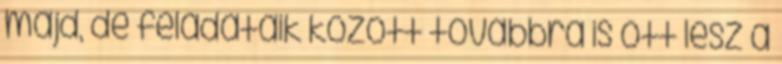
majd, de feladataik között továbbra is ott lesz a